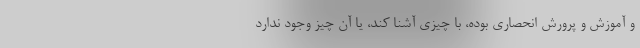
و آموزش و پرورش انحصاري بوده، با چيزي آشنا كند، يا آن چيز وجود ندارد